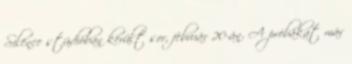
Silence stúdióban került sor, február 20-án. A próbákat már